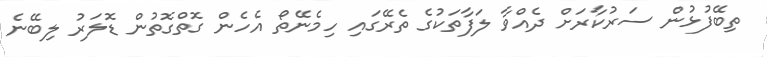
ތިބޭފުޅުން ސަރުކާރަށް ދެއްވާ ލަފާތަކުގެ ތެރޭގައި ހިމެނޭތޯ އެހެން ގޮތްގޮތުން ޑޮލަރު ލިބޭނެ